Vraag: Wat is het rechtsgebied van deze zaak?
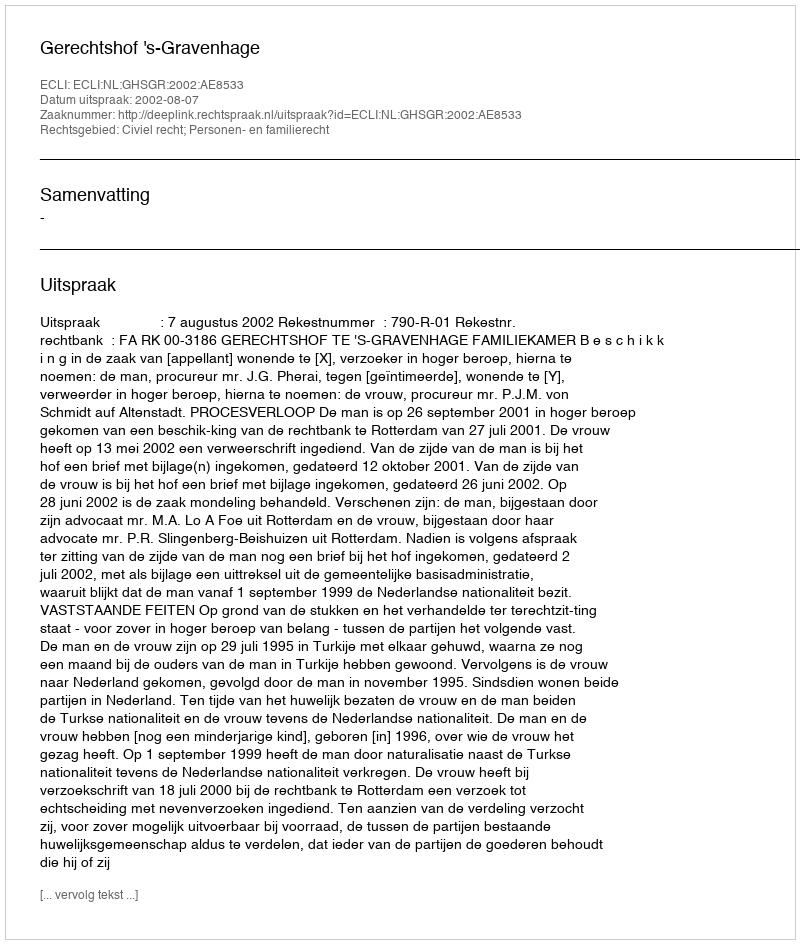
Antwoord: Civiel recht; Personen- en familierecht